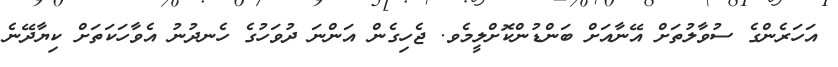
އަހަރެންގެ ސުވާލުތަށް އޭނާއަށް ބަންޑުންކޮށްލީމެވ. ޖެހިގެން އަންނަ ދުވަހުގެ ހެނދުނު އެވާހަކަތަށް ކިޔާދޭނެ